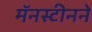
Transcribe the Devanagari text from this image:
मॅनस्टीनने